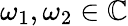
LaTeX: \omega_{1},\omega_{2}\in\mathbb{C}